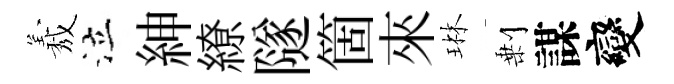
𦏁泣紳繚隧箇來琳剰謀變